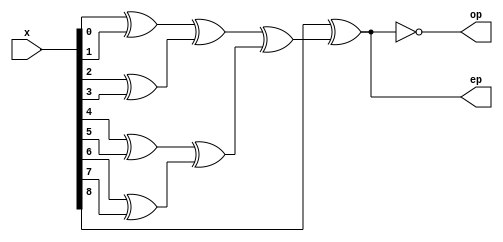
`timescale 1ns / 1ps

module parity_gen_9b_structural(
    input   wire [8:0]  x,
    output  wire        ep, 
    output  wire        op
    );
    wire c, d, e, f, g, h, i;
    
    xor xor1(c, x[0], x[1]);
    xor xor2(d, x[2], x[3]);
    xor xor3(e, x[4], x[5]);
    xor xor4(f, x[6], x[7]);
    xor xor5(g, c, d);
    xor xor6(h, e, f);
    xor xor7(i, g, h);
    xor xor8(ep, x[8], i);
    xnor xnor1(op, x[8], i);
    
endmodule